Report on the working of the mental hospitals for Indians in Bihar and Orissa - 1925-1929
Year: 1925
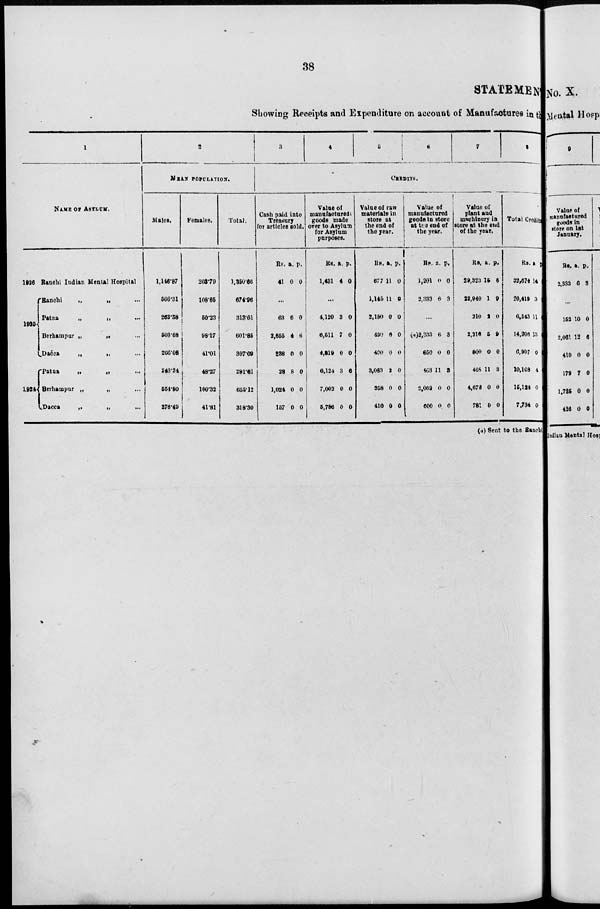
38
STATEMENT
Showing Receipts and Expenditure on account of Manufactures in the
1
NAME OF ASYLUM.
1926
1925
1924
Ranchi Indian Mental Hospital
Ranchi
„
„ ...
Patna
„
„ ...
Berhampur „
„ ...
Dacca
„
„ ...
Patna
„
„ ...
Berhampur „
„
...
Dacca
„
„ ...
2
MEAN POPULATION.
Males.
1,146.87
566.31
263.38
503.68
266.08
243.34
554.80
276.40
Females.
203.79
108.65
50.23
98.17
41.01
48.27
100.32
41.81
Total.
1,350.66
674.96
313.61
601.85
307.09
291.61
655.12
318.30
3
4
5
6
7
8
CREDITS.
Cash paid into
Treasury
for articles sold.
Rs.
41
a.
0
p.
0
...
63
2,655
238
28
1,024
157
6
4
0
8
0
0
0
6
0
0
0
0
Value of
manufactured
goods made
over to Asylum
for Asylum
purposes.
Rs.
1,431
a.
4
p.
0
...
4,120
6,511
4,819
6,124
7,002
5,786
3
7
0
3
0
0
0
0
0
6
0
0
Value of raw
materials in
store at
the end of
the year.
Rs.
677
1,145
2,150
490
400
3,083
358
410
a.
11
11
0
6
0
2
0
0
p.
0
0
0
0
0
0
0
0
Value of
manufactured
goods in store
at the end of
the year.
Rs.
1,201
2,333
a.
0
6
p.
0
3
...
(a)2,333
650
463
2,062
600
6
0
11
0
0
3
0
3
0
0
Value of
plant and
machinery in
store at the end
of the year.
Rs.
29,323
22,940
210
2,216
800
468
4,678
781
a.
15
1
2
5
0
11
0
0
p.
6
9
0
9
0
3
0
0
Total Credits.
Rs.
32,674
26,419
6,543
14,206
6,907
10,168
15,124
7,734
a.
14
3
11
13
0
4
0
0
p.
(a) Sent to the Ranchi